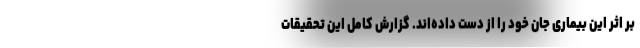
بر اثر این بیماری جان خود را از دست داده‌اند. گزارش کامل این تحقیقات